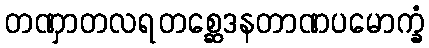
တဏှာတလရတစ္ဆေဒနတာဏပမောက္ခံ